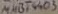
Text: MMBT4403